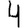
Digit: 4